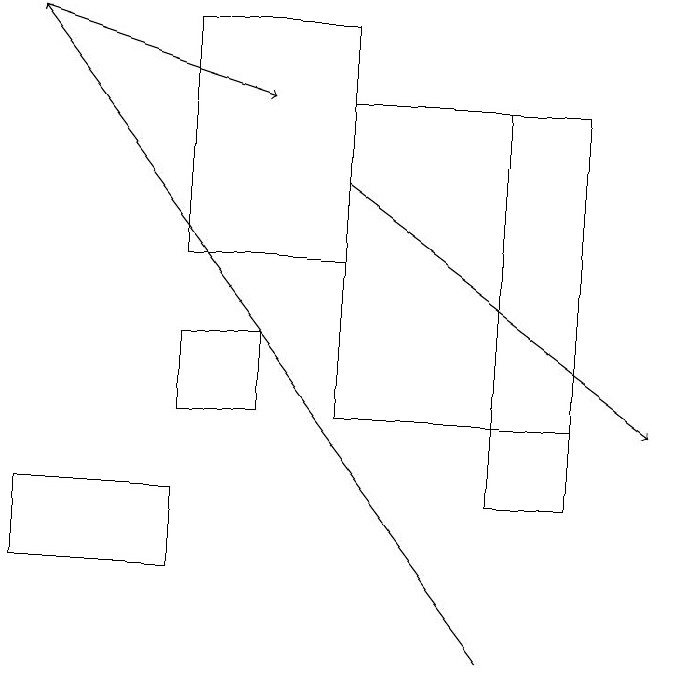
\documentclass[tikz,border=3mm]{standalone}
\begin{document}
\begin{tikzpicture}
\draw (7,17) rectangle (6,12);
\draw (4,15) rectangle (2,18);
\draw[->] (4,16) -- (8,13);
\draw[->] (6,10) -- (0,18);
\draw[->] (0,18) -- (3,17);
\draw (3,14) rectangle (2,13);
\draw (0,12) rectangle (2,11);
\draw (7,17) rectangle (4,13);
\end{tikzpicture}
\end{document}